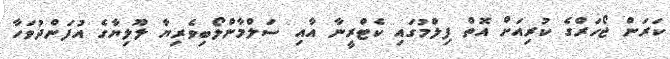
ކަރަން ޖޯހަރްގެ ކުރިއަށް އޮތް ފިލްމުގައި ކެޓްރީނާ އާއި ސަލްމާންލޯބިވެރިޔާ ލޫލިޔާގެ އުފަންދުވަހާ